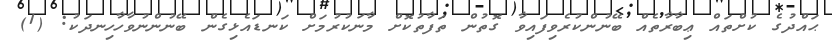
ޙައްދުގެ ކުށްތައް ޢިބާރާތެއް ބޭނުންކުރެވިފައިވާ ގޮތުން ތަފާތުކޮށް މާނަކުރުމަށް ކަނޑައެޅިގެން ބޭނުންނުވާހާހިނދަކު: (1)